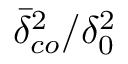
\bar { \delta } _ { c o } ^ { 2 } / \delta _ { 0 } ^ { 2 }